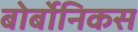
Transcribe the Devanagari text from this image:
बोर्बोनिकस